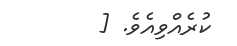
ކުރެއްވިއެވެ. [